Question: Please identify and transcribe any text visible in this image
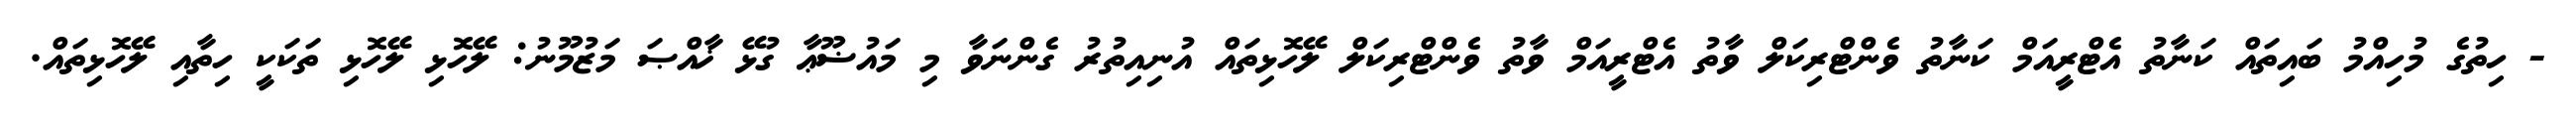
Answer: - ހިތުގެ މުހިއްމު ބައިތައް ކަނާތު އެޓްރީއަމް ކަނާތު ވެންޓްރިކަލް ވާތު އެޓްރީއަމް ވާތު ވެންޓްރިކަލް ލޭހޮޅިތައް އުނިއިތުރު ގެންނަވާ މި މައުޟޫޢާ ގުޅޭ ޚާއްޞަ މަޒުމޫނު: ލޭހޮޅި ލޭހޮޅި ތަކަކީ ހިތާއި ލޭހޮޅިތައް.